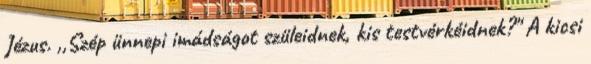
Jézus. ,,Szép ünnepi imádságot szüleidnek, kis testvérkéidnek?" A kicsi